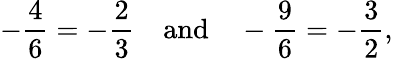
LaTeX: -{\frac{4}{6}}=-{\frac{2}{3}}\quad{\mathrm{and}}\quad-{\frac{9}{6}}=-{\frac{3}{2}},